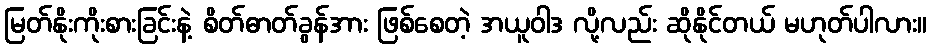
မြတ်နိုးကိုးစားခြင်းနဲ့ စိတ်ဓာတ်ခွန်အား ဖြစ်စေတဲ့ အယူဝါဒ လို့လည်း ဆိုနိုင်တယ် မဟုတ်ပါလား။